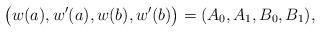
LaTeX: \begin{align*}\left(w(a),w'(a),w(b),w'(b)\strut\right)=(A_{0},A_{1},B_{0},B_{1}),\end{align*}